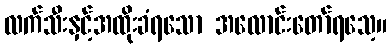
လက်သီးနှင့်အထိုးခံရသော အလောင်းတော်ရသေ့။